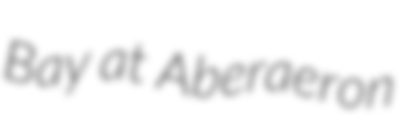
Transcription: Bay at Aberaeron